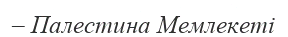
– Палестина Мемлекеті